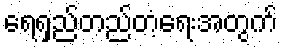
ရေရှည်တည်တံ့ရေးအတွက်